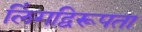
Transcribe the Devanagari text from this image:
लिंगद्विरूपता